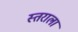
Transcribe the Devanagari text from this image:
स्तराला